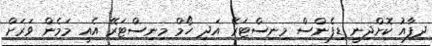
ދިފާއު ކޮށްދިނީ ޑިފެންސް މިނިސްޓަރޭ އަދި ހޯމް މިނިސްޓަރޭ އެއީ މަމެން ވަރަށް